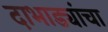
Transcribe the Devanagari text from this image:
दाभाड्यांचा